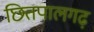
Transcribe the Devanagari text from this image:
छितपालगढ़